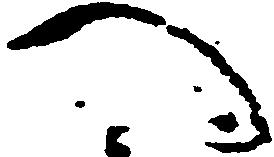
へ